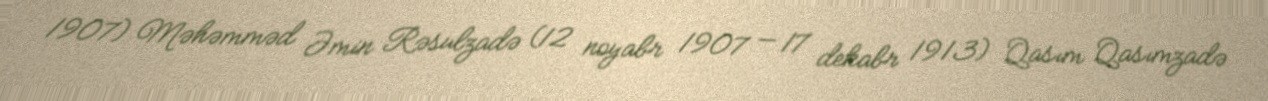
1907) Məhəmməd Əmin Rəsulzadə (12 noyabr 1907 — 17 dekabr 1913) Qasım Qasımzadə